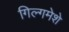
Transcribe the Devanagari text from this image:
गिल्गमेशे